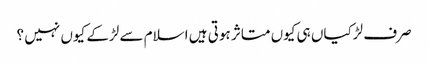
صرف لڑکیاں ہی کیوں متاثر ہوتی ہیں اسلام سے لڑکے کیوں نہیں ؟